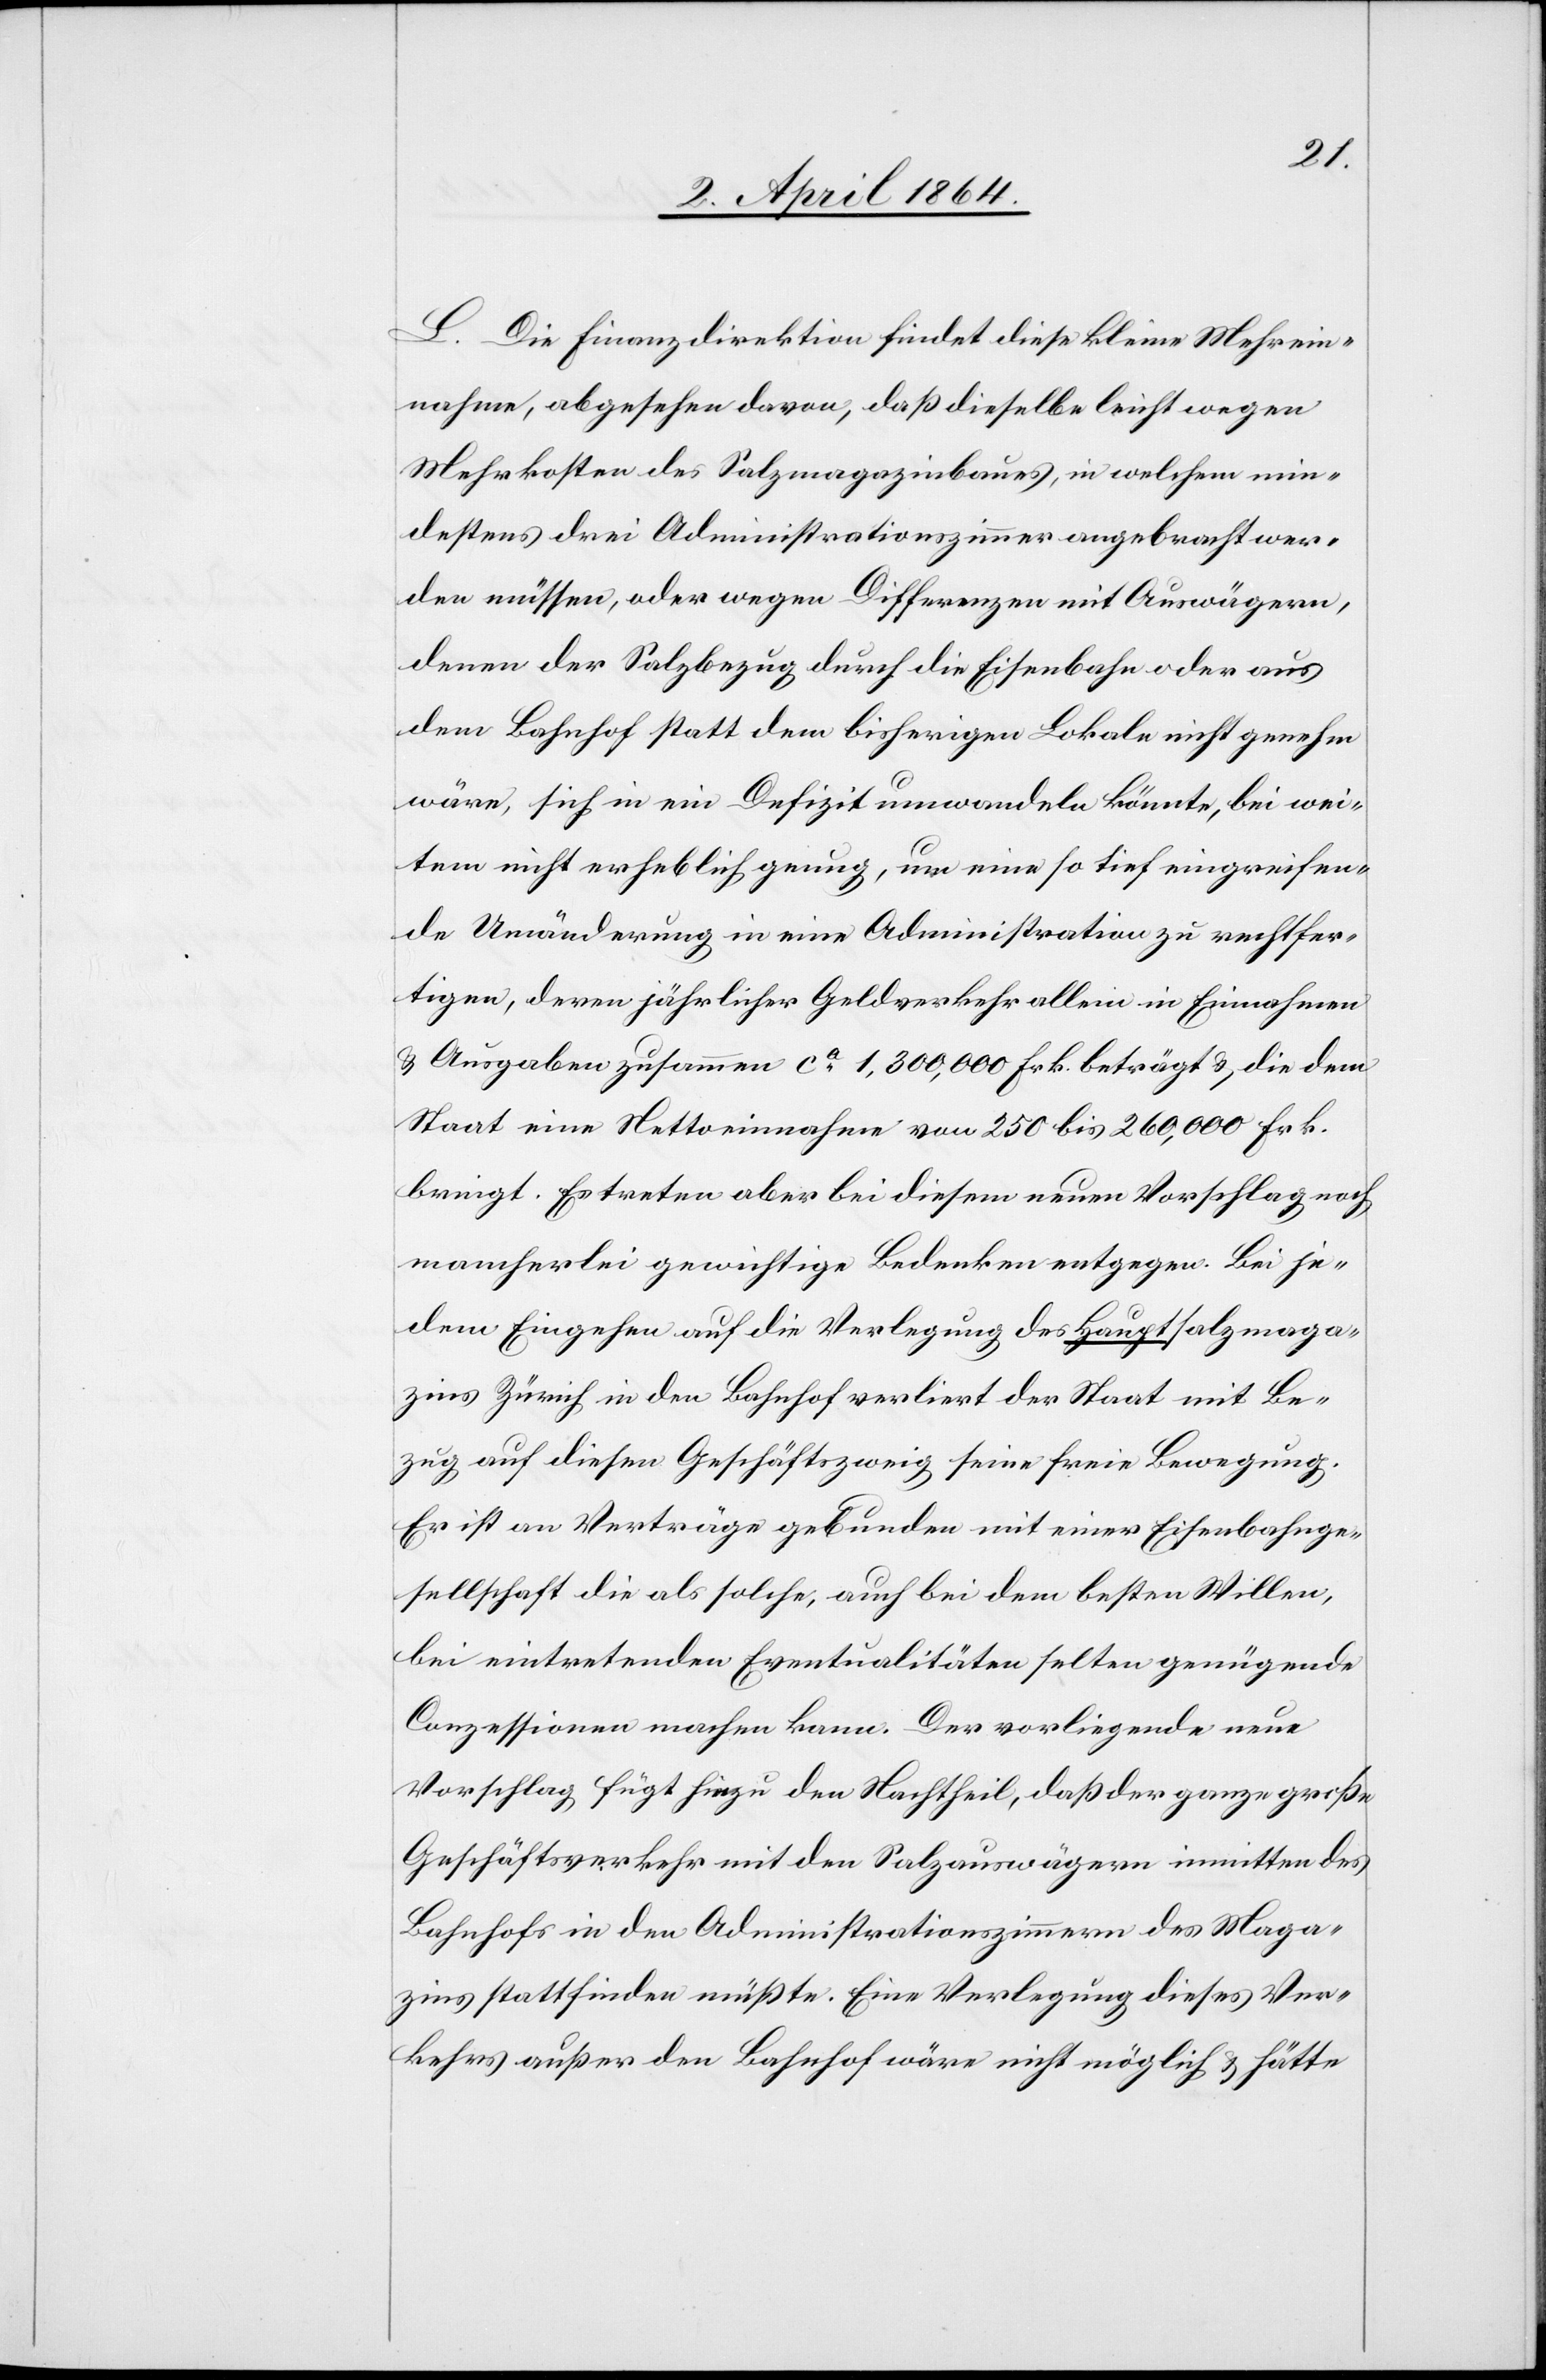
L. Die Finanzdirektion findet diese kleine Mehrein¬
nahme, abgesehen davon, daß dieselbe leicht wegen
Mehrkosten des Salzmagazinbaues, in welchem min¬
destens drei Administrationszimmer angebracht wer¬
den müssen, oder wegen Differenzen mit Auswägern,
denen der Salzbezug durch die Eisenbahn oder aus
dem Bahnhof statt dem bisherigen Lokale nicht genehm
wäre, sich in ein Defizit umwandeln könnte, bei wei¬
tem nicht erheblich genug, um eine so tief eingreifen¬
de Umänderung in eine Administration zu rechtfer¬
tigen, deren jährlicher Geldverkehr allein in Einnahmen
u. Ausgaben zusammen ca 1,300,000 Frk. beträgt u. die dem
Staat eine Nettoeinnahme von 250 bis 260,000 Frk.
bringt. Es treten aber bei diesem neuen Vorschlag noch
mancherlei gewichtige Bedenken entgegen. Bei je¬
dem Eingehen auf die Verlegung des Hauptsalzmaga¬
zins Zürich in den Bahnhof verliert der Staat mit Be¬
zug auf diesen Geschäftszweig seine freie Bewegung.
Er ist an Verträge gebunden mit einer Eisenbahnge¬
sellschaft die als solche, auch bei dem besten Willen,
bei eintretenden Eventualitäten selten genügende
Conzessionen machen kann. Der vorliegende neue
Vorschlag fügt hinzu den Nachtheil, daß der ganze große
Geschäftsverkehr mit den Salzauswägern inmitten des
Bahnhofs in den Administrationszimmern des Maga¬
zins stattfinden müßte. Eine Verlegung dieses Ver¬
kehrs außer den Bahnhof wäre nicht möglich u. hätte